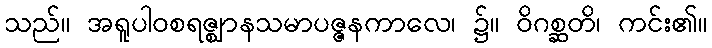
သည်။ အရူပါဝစရဇ္ဈာနသမာပဇ္ဇနကာလေ၊ ၌။ ဝိဂစ္ဆတိ၊ ကင်း၏။